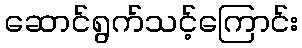
ဆောင်ရွက်သင့်ကြောင်း